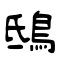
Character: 鴟